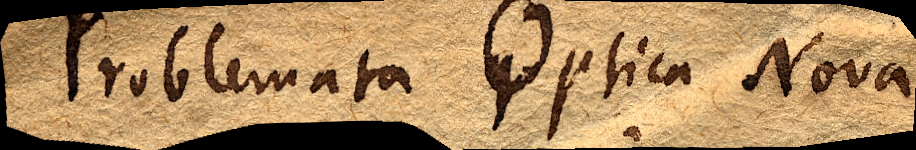
Problemata Optica Nova